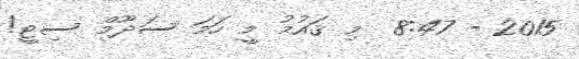
2015 - 8:47  މި ޤައުމު މީ ހަމަ ސަދޫމް ސިޓީ!